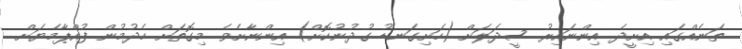
ތަނެއްގައި އިށީދެ އިންނައިރު ސީދަލަށް (ހަށިގަނޑު ގުދުނުކޮށް) އިންނާށެވެ. މިގޮތަށް ހެދުމުން ފުއްޕާމެޔަށް